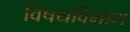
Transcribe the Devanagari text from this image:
विषयविभाग